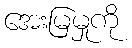
အေးမြမှုကို